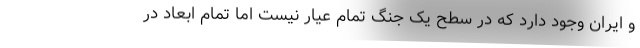
و ایران وجود دارد که در سطح یک جنگ تمام عیار نیست اما تمام ابعاد در